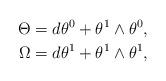
LaTeX: \begin{align*}\Theta&=d\theta^0+\theta^1\wedge\theta^0,\\*\Omega&=d\theta^1+\theta^1\wedge\theta^1,\end{align*}